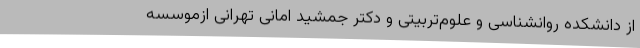
از دانشکده روانشناسی و علوم‌تربیتی و دکتر جمشید امانی تهرانی ازموسسه